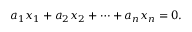
a _ { 1 } x _ { 1 } + a _ { 2 } x _ { 2 } + \cdots + a _ { n } x _ { n } = 0 .